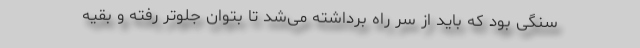
سنگی بود که باید از سر راه برداشته می‌شد تا بتوان جلوتر رفته و بقیه